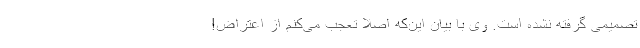
تصمیمی گرفته نشده است. وی با بیان این‌که اصلا تعجب می‌کنم از اعتراض!